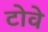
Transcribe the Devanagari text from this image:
टोवे